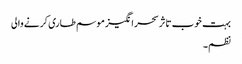
بہت خوب تاثر سحر انگیز موسم طاری کرنے والی
نظم۔